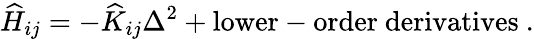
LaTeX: \widehat{H}_{ij}=-\widehat{K}_{ij}\Delta^{2}+\mathrm{lower-order~derivatives~}.